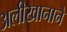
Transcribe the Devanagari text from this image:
अलीखानाने